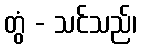
တွံ - သင်သည်၊